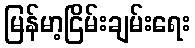
မြန်မာ့ငြိမ်းချမ်းရေး